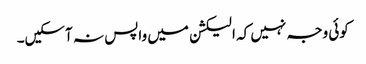
کوئی وجہ نہیں کہ الیکشن میں واپس نہ آسکیں۔